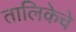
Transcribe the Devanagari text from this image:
तालिकेचे